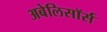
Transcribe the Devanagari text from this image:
अबेलिसॉर्स